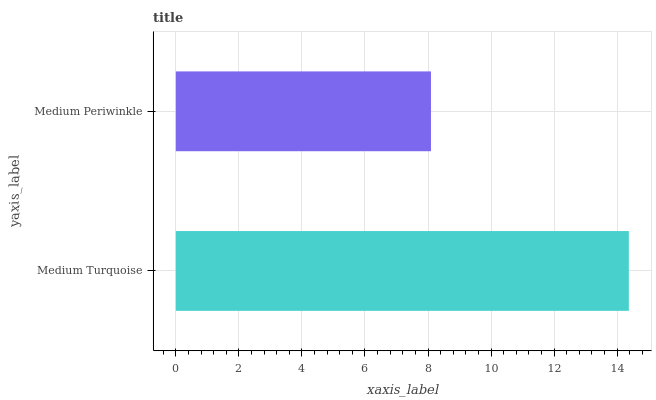
| yaxis_label | bars |
 | --- | --- |
 | Medium Turquoise | 14.4 |
 | Medium Periwinkle | 8.09 |